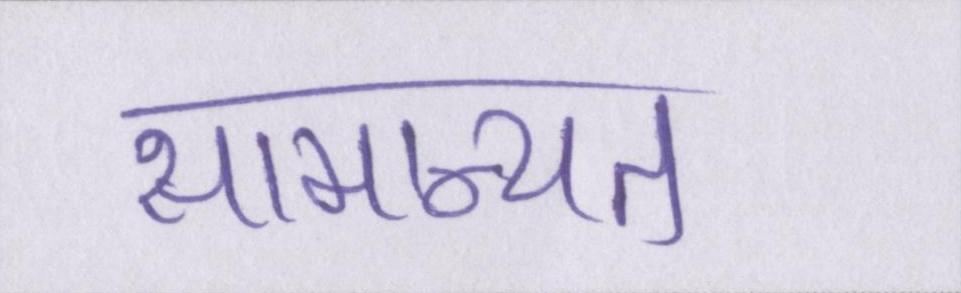
सामान्यत